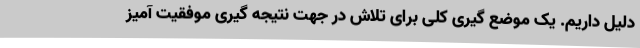
دلیل داریم. یک موضع گیری کلی برای تلاش در جهت نتیجه گیری موفقیت آمیز